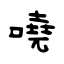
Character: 嘵